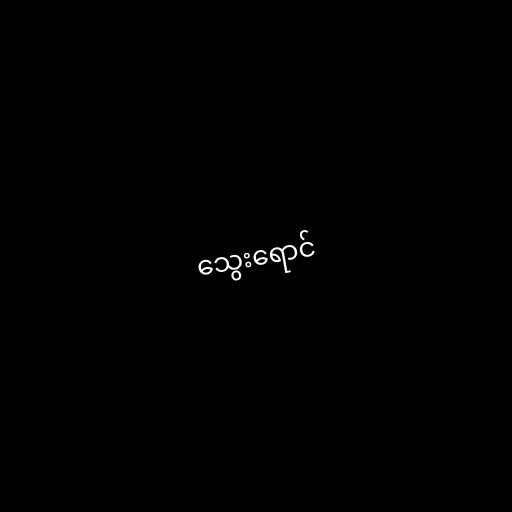
သွေးရောင်